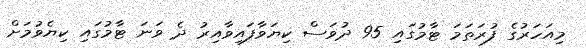
މިއަހަރުގެ ފުރަތަމަ ޓާމުގައި 95 ދުވަސް ކިޔަވާފައިވާއިރު ދެ ވަނަ ޓާމުގައި ކިޔެވުމަށް